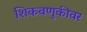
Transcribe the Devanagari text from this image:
शिकवणुकीवर